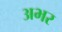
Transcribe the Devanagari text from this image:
अभर